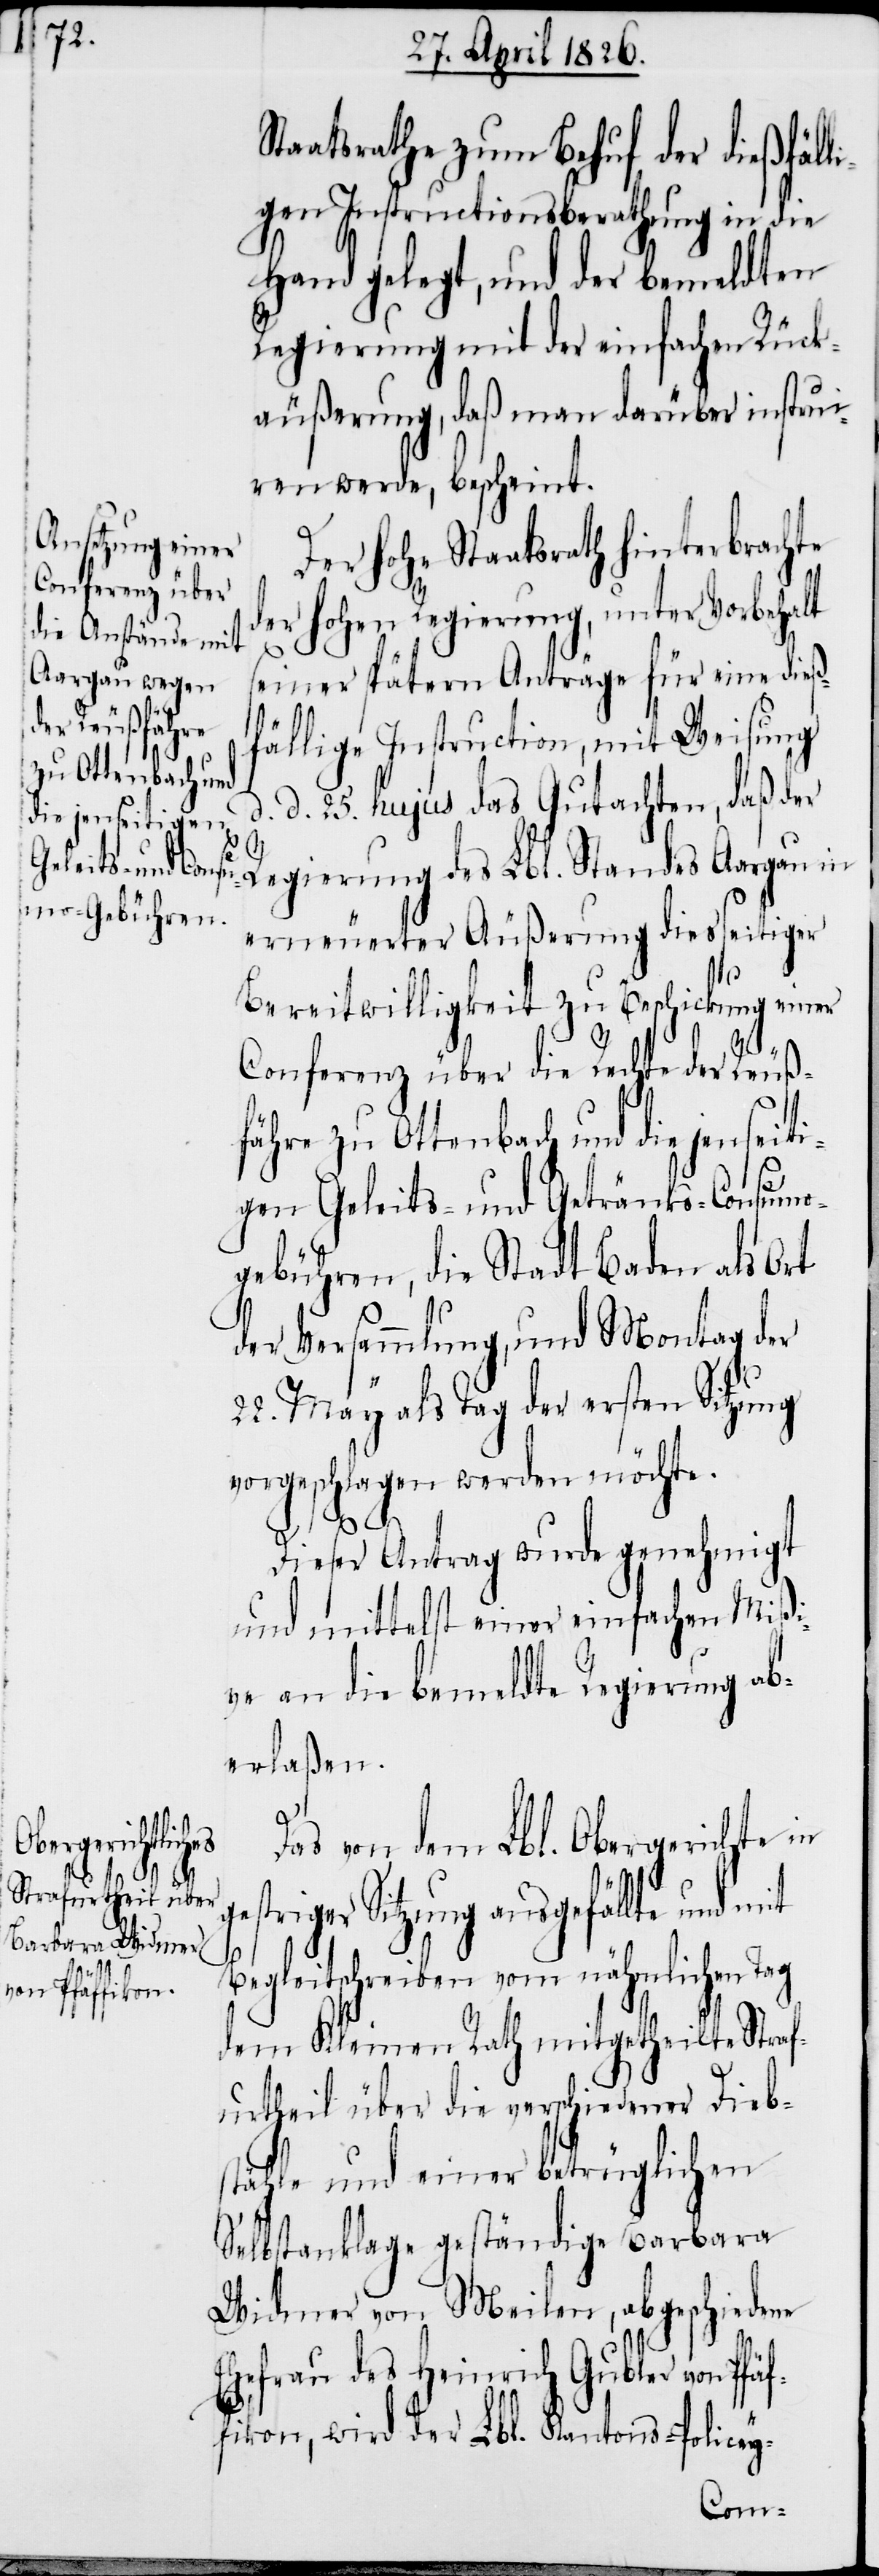
Staatsrathe zum Behuf der dießfäll¬
igen Instructionsberathung in die
Hand gelegt, und der bemeldten
Regierung mit der einfachen Rück¬
äußerung, daß man darüber instruie¬
ren werde, bescheint.
Der hohe Staatsrath hinterbrachte
der hohen Regierung, unter Vorbehalt
seiner spätern Anträge für eine dieß¬
fällige Instruction, mit Weisung
d. d. 25. hujus das Gutachten, daß der
ge¬
Regierung des Lbl. Standes Aargau in
erneuerter Äußerung diesseitiger
Bereitwilligkeit zu Beschickung einer
Conferenz über die Rechte der Reuß¬
fähre zu Ottenbach und die jenseiti¬
gen Geleits- und Getränks-Consumo¬
gebühren, die Stadt Baden als Ort
der Versammlung, und Montag der
22. May als Tag der ersten Sitzung
vorgeschlagen werden möchte.
Dieser Antrag wurde genehmigt
und mittelst einer einfache Mißi¬
ve an die bemeldte Regierung ab¬
erlaßen.
Das von dem Lbl. Obergerichte in
striger Sitzung ausgefällte und
Begleitschreiben vom nähmlichen Tag
dem Kleinen Rath mitgetheilte Straf¬
urtheil über die verschiedener Dieb¬
stähle und einer betrüglichen
Selbstanklage geständige Barbara
Widmer von Meilen, abgeschiedene
Ehefrau des Heinrich Gubler von Pfä¬
ffikon, wird der Lbl. Kantons-Policey-